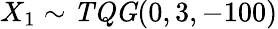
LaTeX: X_{1}\sim\mathit{TQG}(0,3,-100)